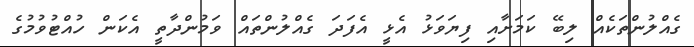
ގެއްލުންތަކެއް ލިބޭ ކަަމަށާއި ފިޔަވަޅު އެޅީ އެފަދަ ގެއްލުންތައް ވަމުންދާތީ އެކަން ހުއްޓުވުމުގެ